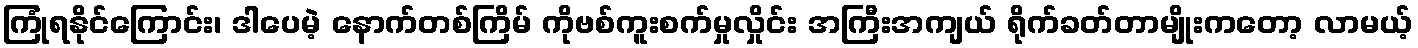
ကြုံရနိုင်ကြောင်း၊ ဒါပေမဲ့ နောက်တစ်ကြိမ် ကိုဗစ်ကူးစက်မှုလှိုင်း အကြီးအကျယ် ရိုက်ခတ်တာမျိုးကတော့ လာမယ့်